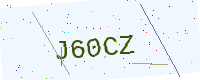
Text: J60CZ